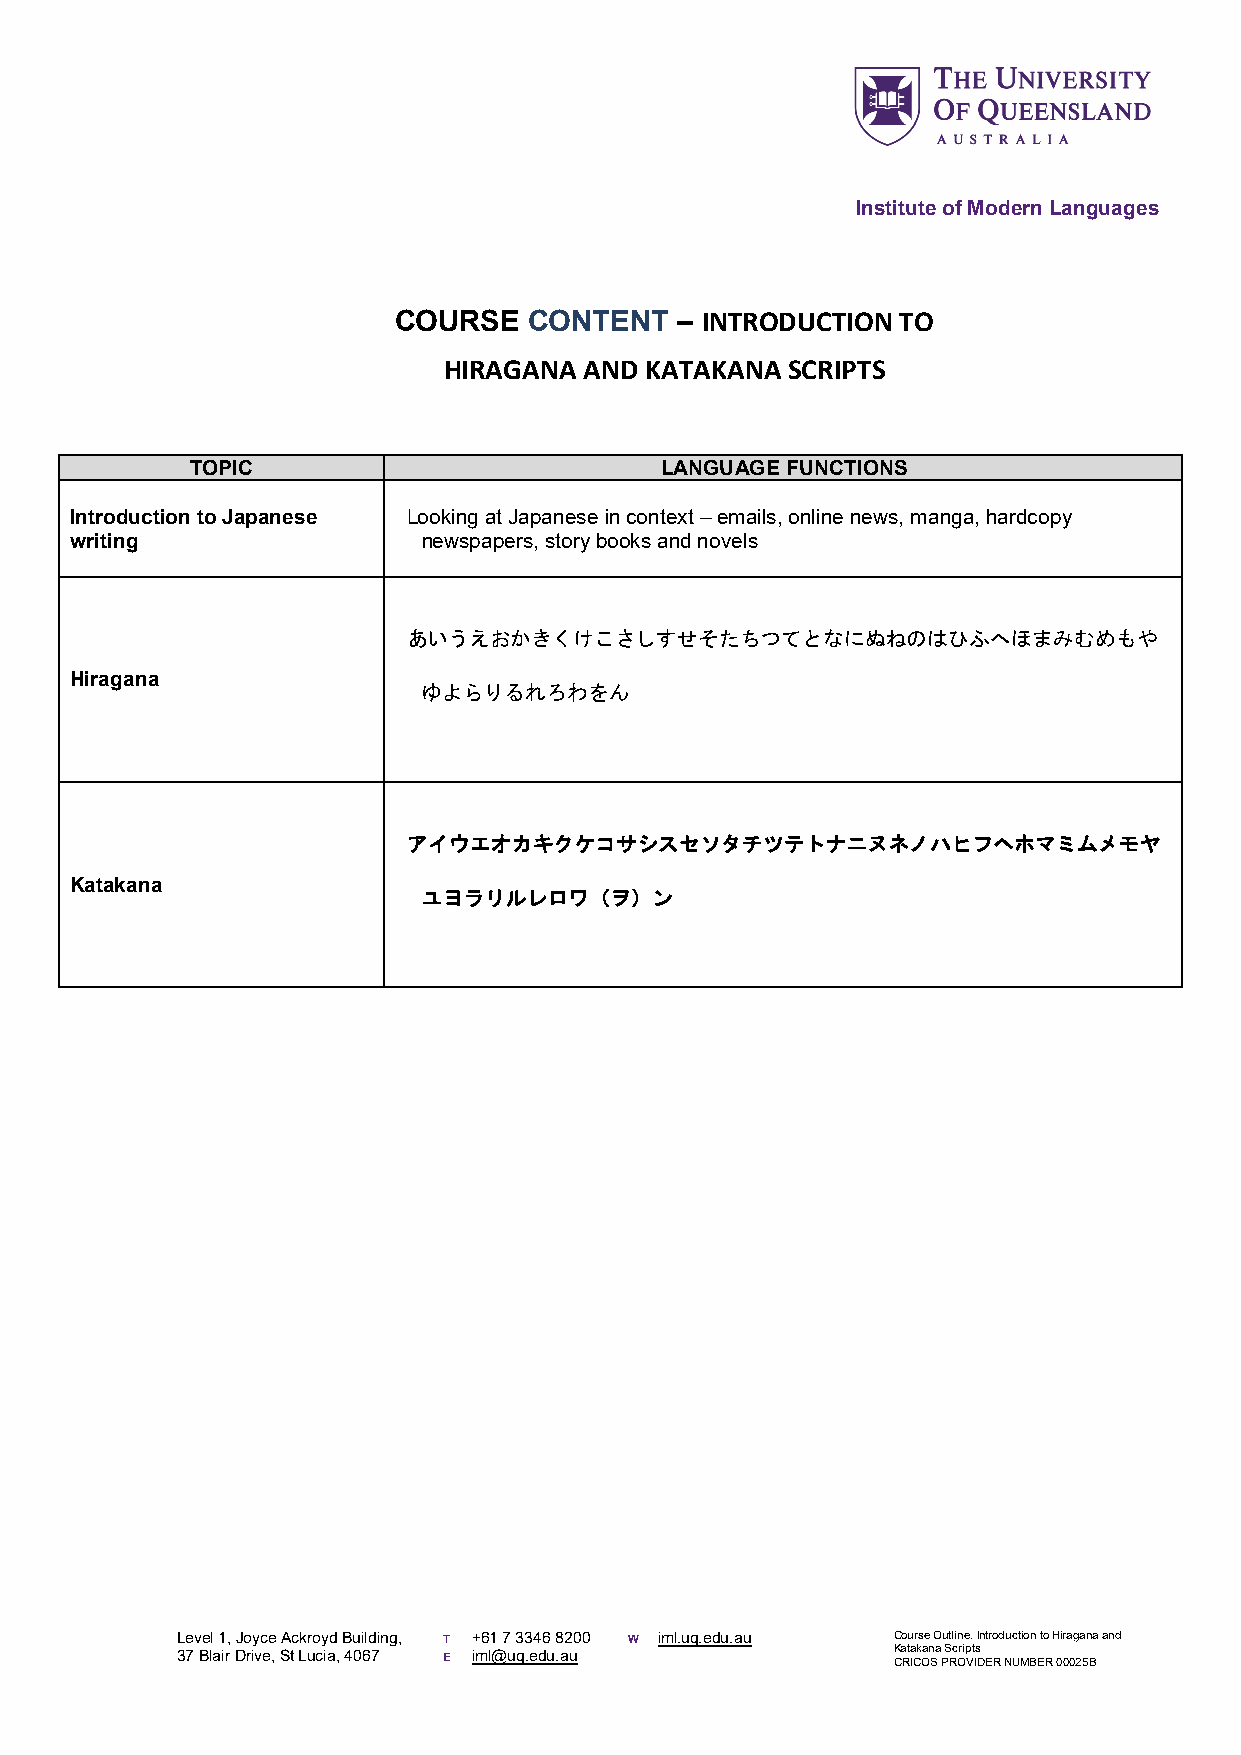
Institute of Modern Languages
 COURSE   CONTENT   – INTRODUCTION TO
 HIRAGANA  AND KATAKANA SCRIPTS
 TOPIC                          LANGUAGE FUNCTIONS
 Introduction to Japanese Looking at Japanese in context – emails, online news, manga, hardcopy
 writing                newspapers, story books and novels
 あいうえおかきくけこさしすせそたちつてとなにぬねのはひふへほまみむめもや
 Hiragana
 ゆよらりるれろわをん
 アイウエオカキクケコサシスセソタチツテトナニヌネノハヒフヘホマミムメモヤ
 Katakana
 ユヨラリルレロワ（ヲ）ン
 Level 1, Joyce Ackroyd Building, T +61 7 3346 8200 W iml.uq.edu.au Course Outline. Introduction to Hiragana and
 37 Blair Drive, St Lucia, 4067 E iml@uq.edu.au K Ca Rt Ia Ck Oan Sa P S Rc Orip Vt Is D ER NUMBER 00025B